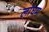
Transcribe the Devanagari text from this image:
लांघम